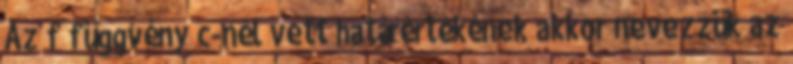
Az f függvény c-nél vett határértékének akkor nevezzük az